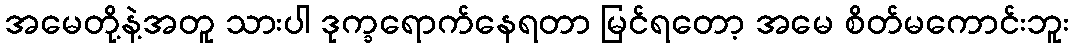
အမေတို့နဲ့အတူ သားပါ ဒုက္ခရောက်နေရတာ မြင်ရတော့ အမေ စိတ်မကောင်းဘူး